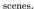
scenes.